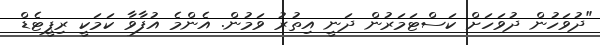
"ދުވަހުން ދުވަހަށް ކަސްޓަމަރުން ދަނީ އިތުރު ވަމުން. އެންމެ އުފާވާ ކަމަކީ ރިޕީޓެޑް